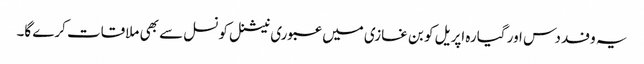
یہ وفد دس اور گیارہ اپریل کو بن غازی میں عبوری نیشنل کونسل سے بھی ملاقات کرے گا۔